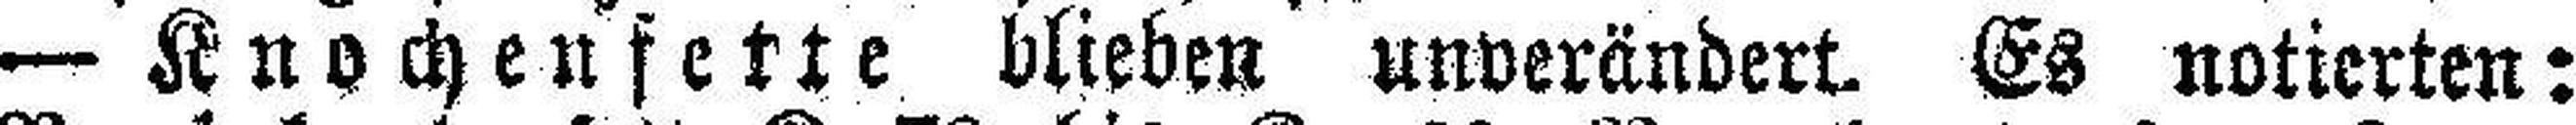
— Knochenfette blieben unverändert. Es notierten: